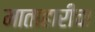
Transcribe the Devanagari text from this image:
माताहारीचा